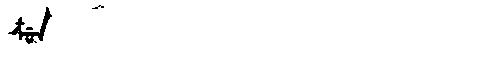
Manchu: ᡮᡠᠨ
Romanization: TSUN